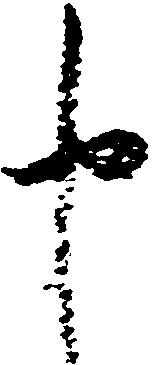
申